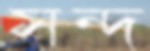
সন্দ